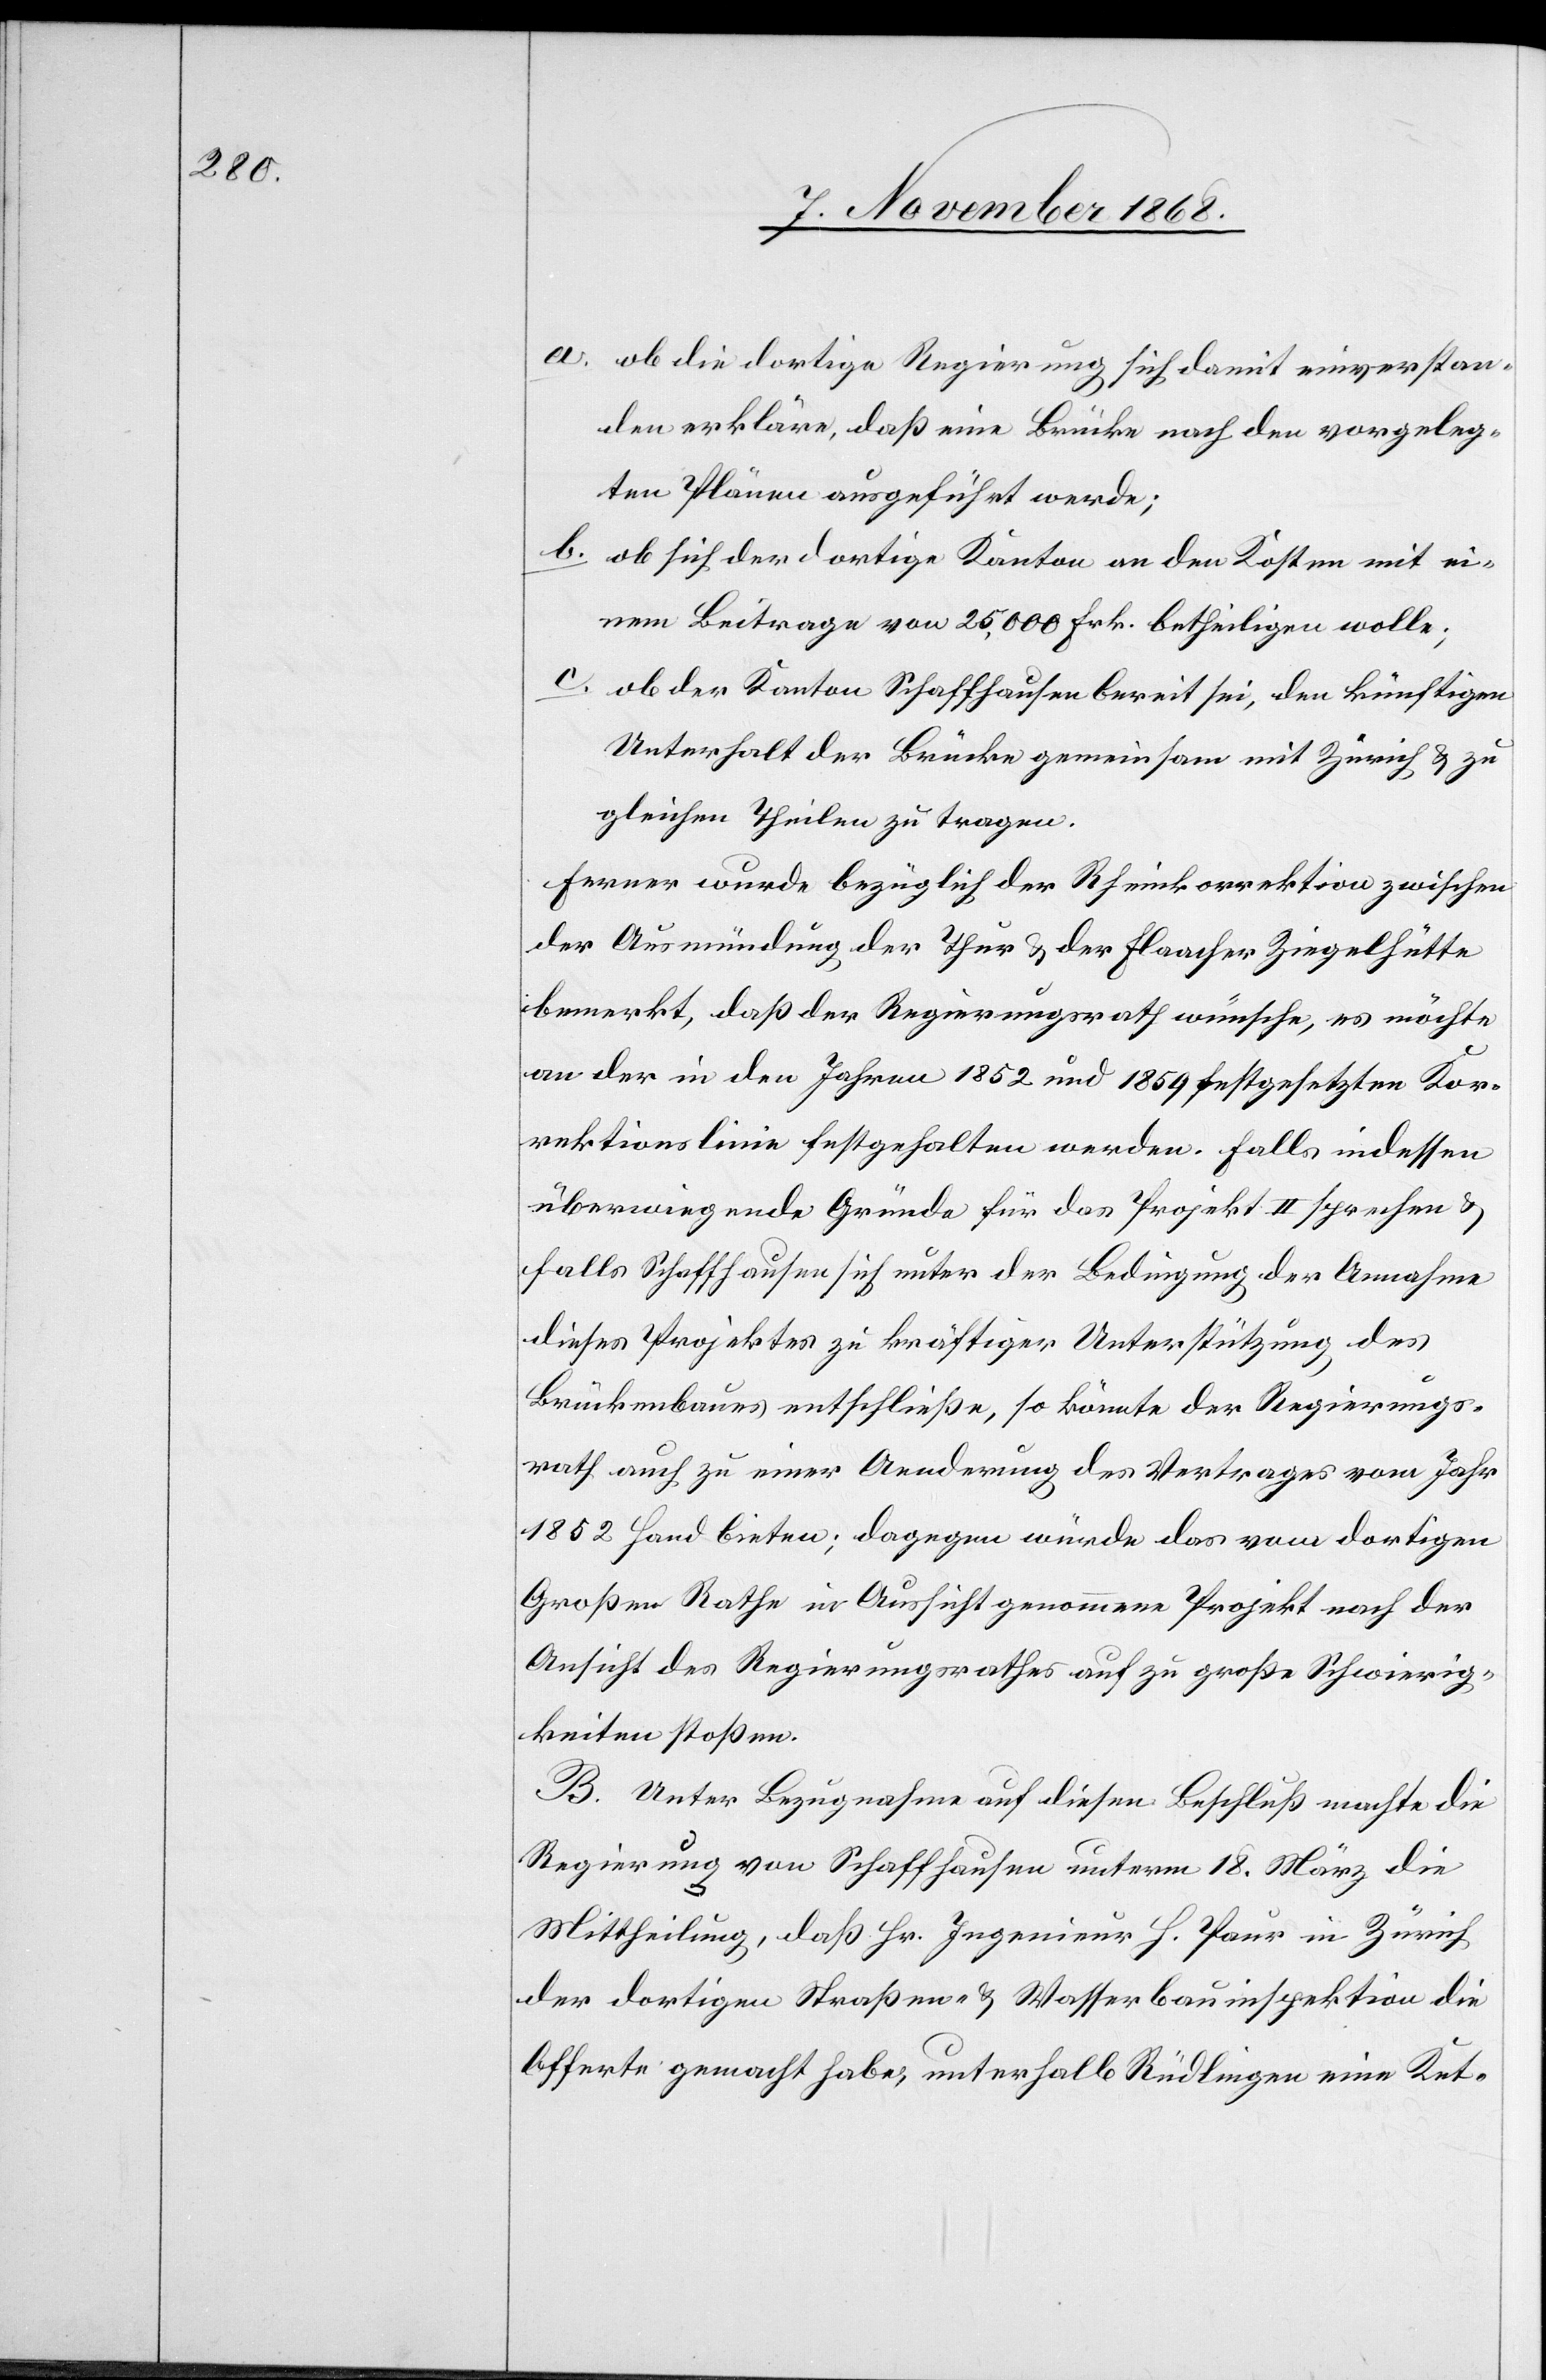
ob die dortige Regierung sich damit einverstan¬
den erkläre, daß eine Brücke nach den vorgeleg¬
ten Plänen ausgeführt werde;
ob sich der dortige Kanton an den Kosten mit ei¬
nem Beitrage von 25,000 Frk. betheiligen wolle;
c.
ob der Kanton Schaffhausen bereit sei, den künftigen
Unterhalt der Brücke gemeinsam mit Zürich & zu
gleichen Theilen zu tragen.
Ferner wurde bezüglich der Rheinkorrektion zwischen
der Ausmündung der Thur & der Flaacher Ziegelhütte
bemerkt, daß der Regierungsrath wünsche, es möchte
an der in den Jahren 1852 und 1859 festgesetzten Kor¬
rektionslinie festgehalten werden. Falls indessen
überwiegende Gründe für das Projekt II sprechen &
falls Schaffhausen sich unter der Bedingung der Annahme
dieses Projektes zu kräftiger Unterstützung des
Brückenbaues entschließe, so könnte der Regierungs¬
rath auch zu einer Aenderung des Vertrages vom Jahr
1852 Hand bieten; dagegen würde das vom dortigen
Großen Rathe in Aussicht genommene Projekt nach der
Ansicht des Regierungsrathes auf zu große Schwierig¬
keiten stoßen.
B. Unter Bezugnahme auf diesen Beschluß machte die
Regierung von Schaffhausen unterm 18. März die
Mittheilung, daß Hr. Ingenieur H. Paur in Zürich
der dortigen Straßen- & Wasserbauinspektion die
Offerte gemacht habe, unterhalb Rüdlingen eine Ket-